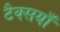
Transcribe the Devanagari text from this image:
टैक्सयाँ